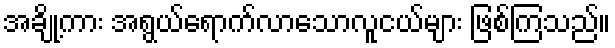
အချို့ကား အရွယ်ရောက်လာသောလူငယ်များ ဖြစ်ကြသည်။